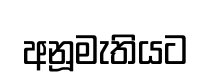
අනූමැතියට